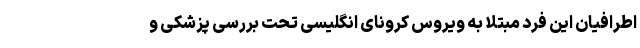
اطرافیان این فرد مبتلا به ویروس کرونای انگلیسی تحت بررسی پزشکی و